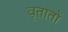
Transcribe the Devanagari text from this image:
वृतातों